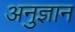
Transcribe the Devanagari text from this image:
अनुज्ञान